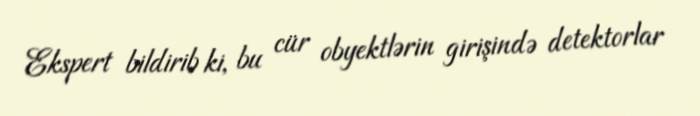
Ekspert bildirib ki, bu cür obyektlərin girişində detektorlar